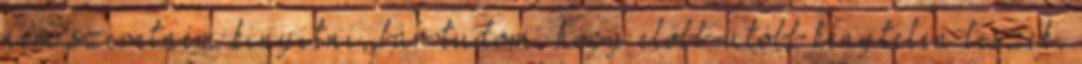
nem szeretném kinyitni, bár tudom, hogy előbb-utóbb kénytelen leszek,